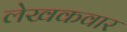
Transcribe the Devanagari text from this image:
लेखकवार